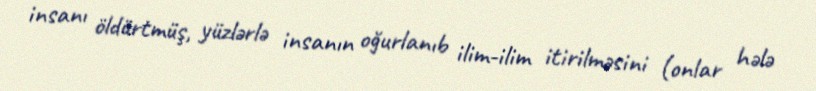
insanı öldürtmüş, yüzlərlə insanın oğurlanıb ilim-ilim itirilməsini (onlar hələ